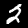
Digit: 2